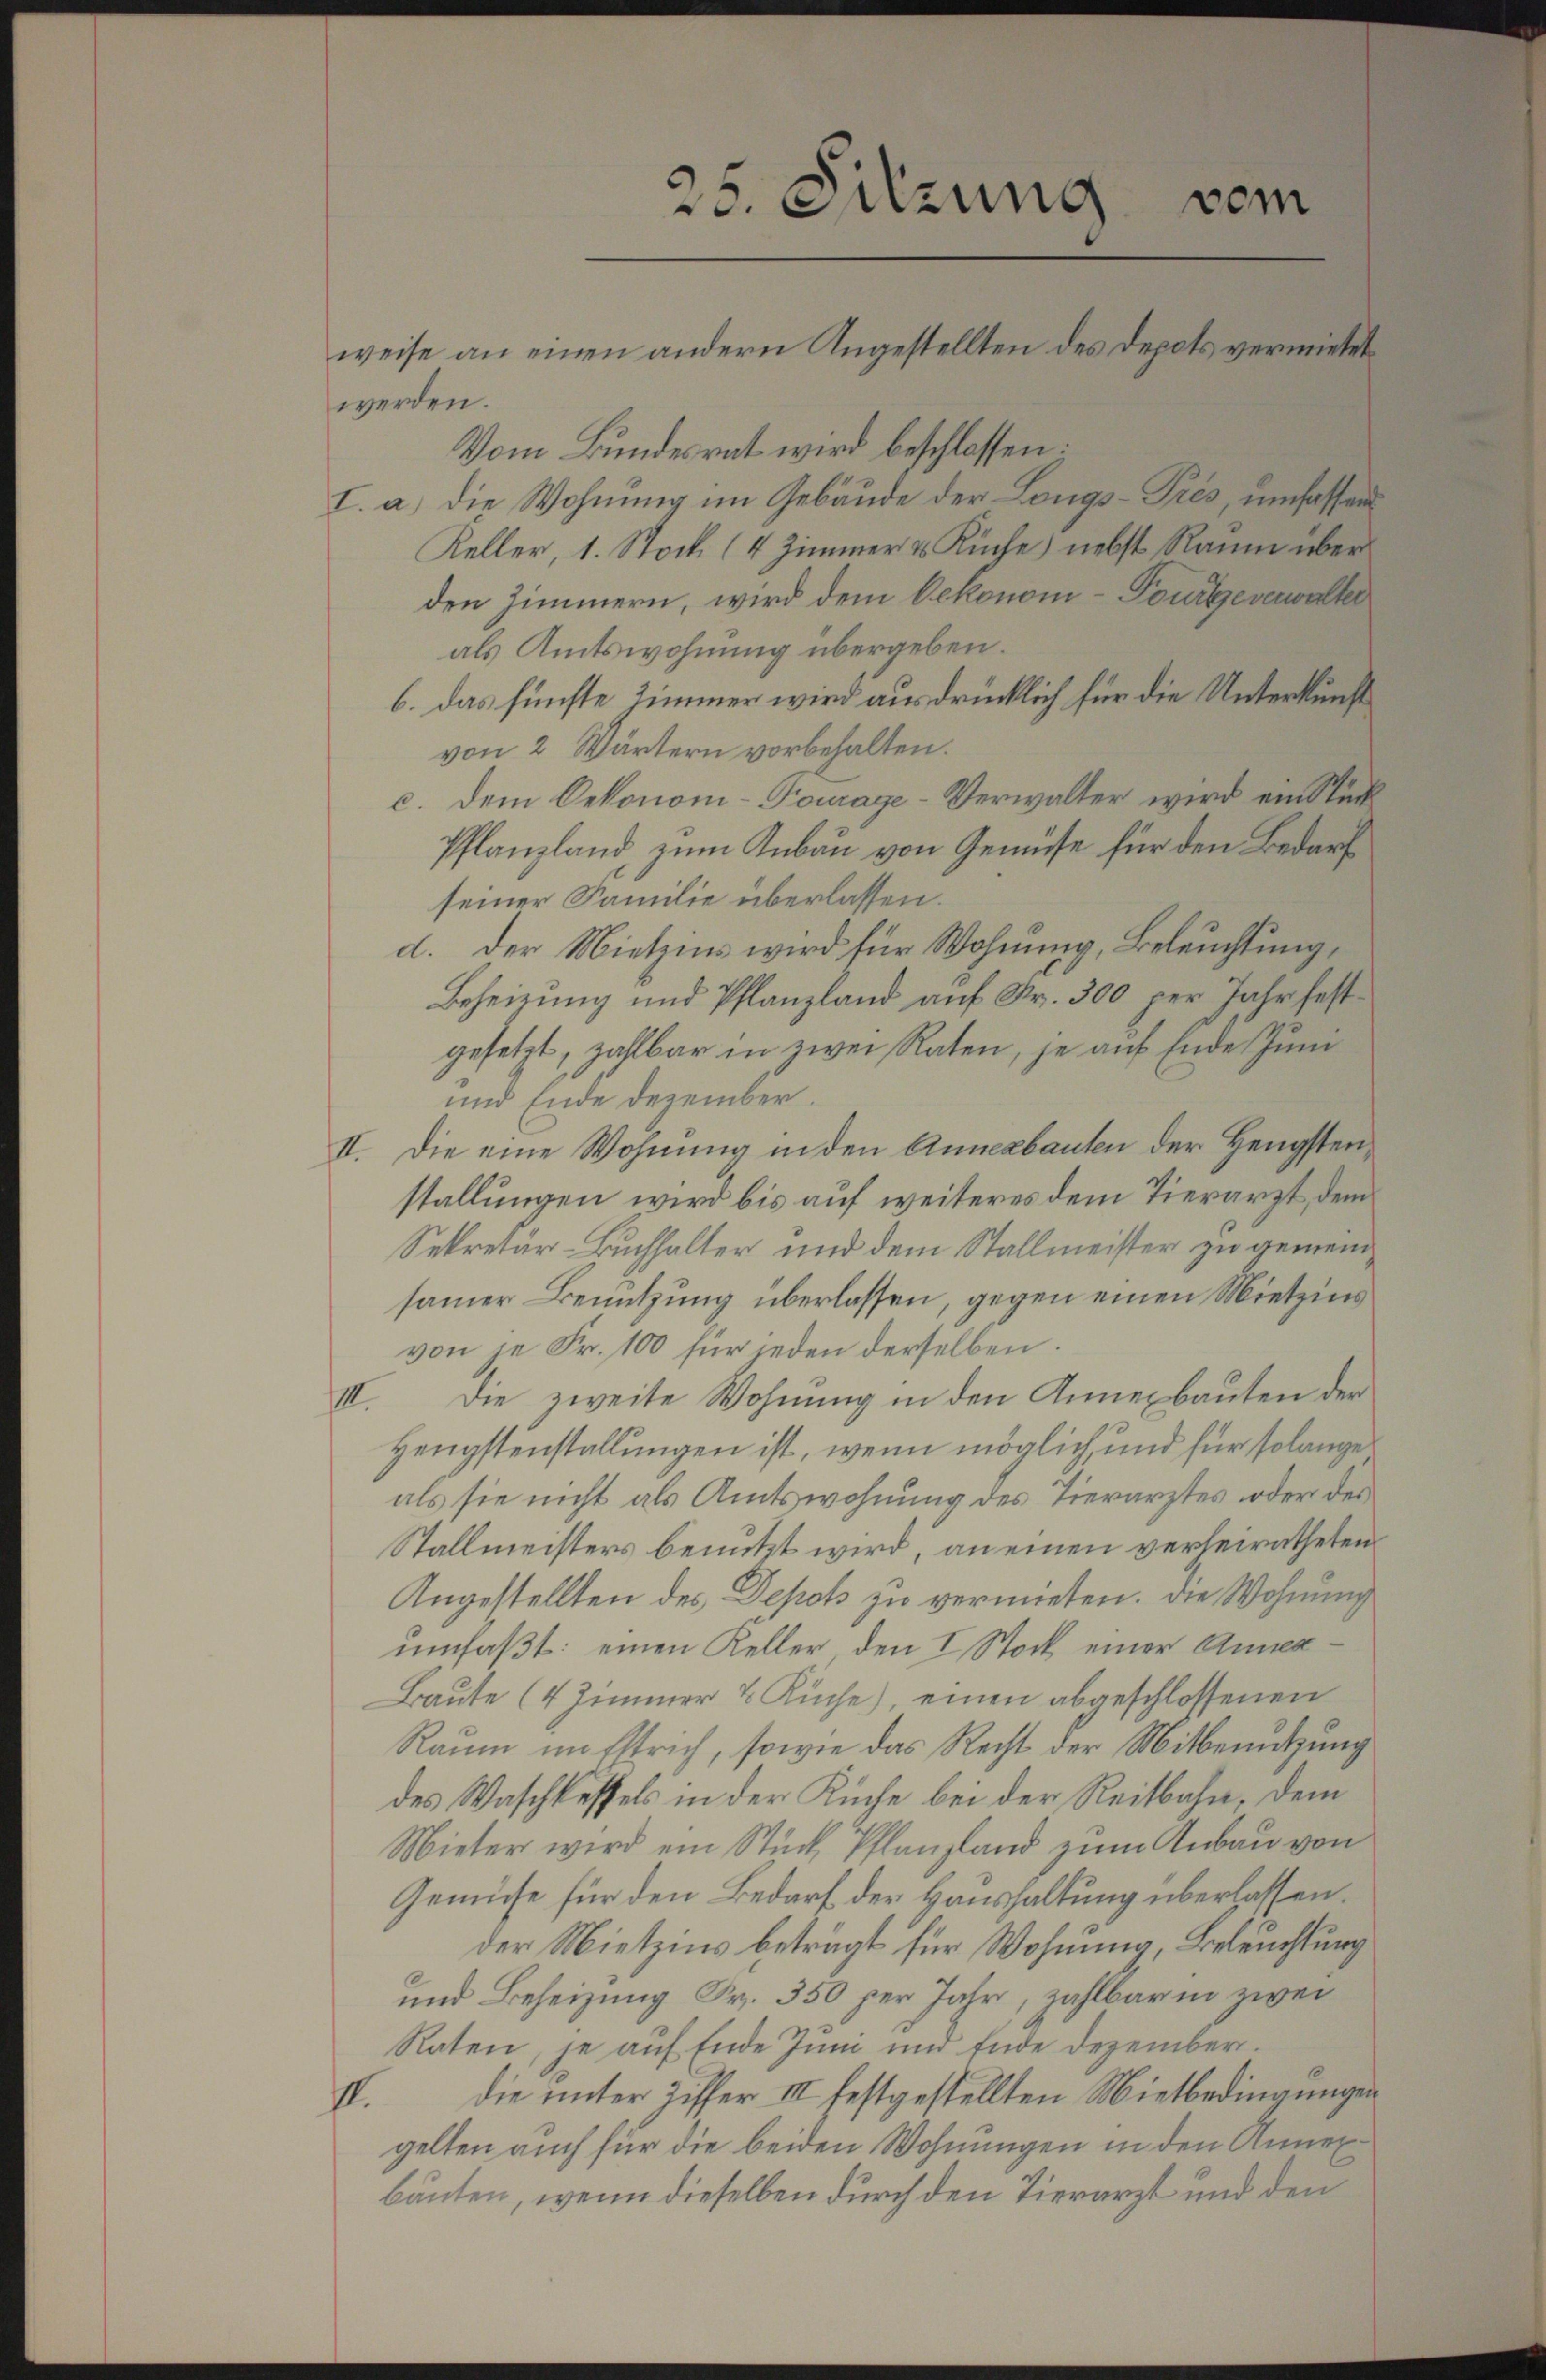
werden.
Vom Bundesrat wird beschlossen:
I. a. die Wohnung im Gebäude der Langs-Prés, umfassen
Keller, 1. Stock (4 Zimmer & Küche) nebst Raum über
den Zimmern, wird dem Oekonomi-Tourteverwalter
als Amtswohnung übergeben.
b. das fünfte Zimmer wird ausdrücklich für die Unterkunft
von 2 Wärtern vorbehalten.
c. dem Oekonomi-Tourage-Verwalter wird ein Stun
Pflanzland, zum Anbau von Gemüse für den Bedarf
seiner Familie überlassen.
d. Der Mietzins wird für Wohnung, Beleuchtung,
Beheizung und Pflanzland auf Fr. 300 per Jahr festgesetzt, zahlbar in zwei Raten, je auf Ende Juni
und Ende Dezember.
II. Die eine Wohnung in den Annenbauten der Hengstenstallungen wird bis auf weiteres dem Tierarzt, dem
Sekretär-Buchhalter und dem Stallmeister zu gemeinsamer Benutzung überlassen, gegen einen Mietzins
von je Fr. 100 für jeden derselben.
III. Die zweite Wohnung in den Annexbauten der
Hengstenstallungen ist, wenn möglich, und für solange
als sie nicht als Amtswohnung des Tierarztes oder des
Stallmeisters benutzt wird, an einen verheiratheten
Angestellten des Depots zu vermieten. Die Wohnung
umfaßt: einen Keller, den I Stock einer Annex¬
Baute (4 Zimmer & Küche), einen abgeschlossenen
Raum um Estrich, sowie das Recht der Mitbenutzung
des Waschkessels in der Küche bei der Reitbahn, dem
Mieter wird ein Stück Pflanzland zum Anbau von
Gemüse für den Bedarf der Haushaltung überlassen.
der Mietzins beträgt für Wohnung, Beleuchtung
und Beheizung Fr. 350 per Jahr, zahlbar in zwei
Raten, je auf Ende Juni und Ende Dezember¬
II. Die unter Ziffer III festgestellten Mietbedingungen
gelten auch für die beiden Wohnungen in den Annexbauten, wenn dieselben durch den Tierarzt und den

25. Sitzung
vom
weise an einen andern Angestellten des Depots vermietet